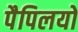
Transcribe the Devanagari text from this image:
पैपिलयो